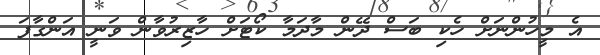
އެ މީހުންނަށް ހެކި ބަސް ދޭން މާދަމާ ކޯޓަށް ހާޒިރުވާން ވަނީ އަންގާފަ